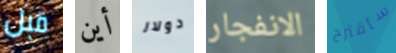
قبل أين دولار الانفجار سأقترح